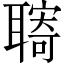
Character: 𦗞